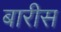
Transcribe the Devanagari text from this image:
बारीस